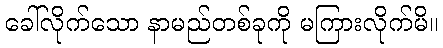
ခေါ်လိုက်သော နာမည်တစ်ခုကို မကြားလိုက်မိ။